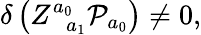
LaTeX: \delta\left(Z_{\; \; a_{1}}^{a_{0}}{\cal P}_{a_{0}}\right)\neq 0,